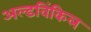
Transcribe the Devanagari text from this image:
अल्डविंकिल